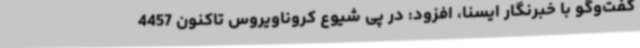
گفت‌وگو با خبرنگار ایسنا، افزود: در پی شیوع کروناویروس تاکنون 4457